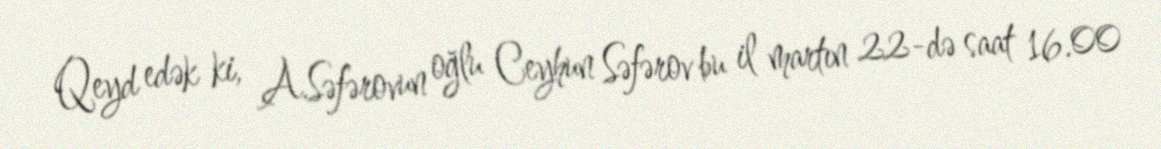
Qeyd edək ki, A.Səfərovun oğlu Ceyhun Səfərov bu il martın 22-də saat 16.00